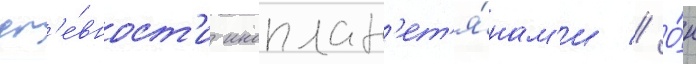
др'е́вност'и иноплан'ет'я́нам'и // О́н